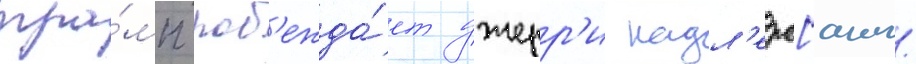
тра́мп поб'ежда́ет джерр'и надл'ера[англ.